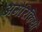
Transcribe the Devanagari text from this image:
अमेरिकियों